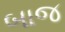
બાજ